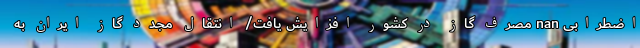
اضطرابی nan مصرف گاز در کشور افزایش یافت/ انتقال مجدد گاز ایران به